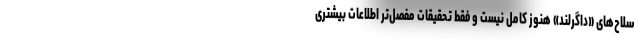
سلاح‌های «داگرلند» هنوز کامل نیست و فقط تحقیقات مفصل‌تر اطلاعات بیشتری